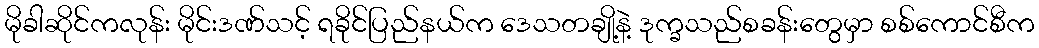
မိုခါဆိုင်ကလုန်း မိုင်းဒဏ်သင့် ရခိုင်ပြည်နယ်က ဒေသတချို့နဲ့ ဒုက္ခသည်စခန်းတွေမှာ စစ်ကောင်စီက